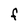
Character: F